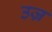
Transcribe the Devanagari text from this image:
उज्र